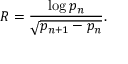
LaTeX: R = { \frac { \log p _ { n } } { \sqrt { p _ { n + 1 } - p _ { n } } } } .